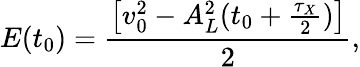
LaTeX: E(t_{0})=\frac{\big[v_{0}^{2}-A_{L}^{2}(t_{0}+\frac{\tau_{X}}{2})\big]}{2},